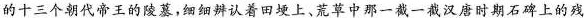
的十三个朝代帝王的陵墓,细细辨认着田埂上、荒草中那一截一截汉唐时期石碑上的残